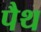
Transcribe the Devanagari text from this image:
पैथ